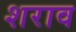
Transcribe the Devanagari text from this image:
शराव